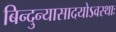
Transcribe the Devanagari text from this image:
बिन्दुन्यासादयोऽवस्थाः